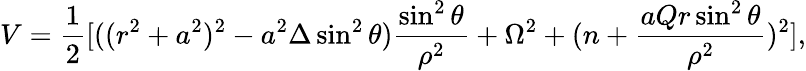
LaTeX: V=\frac{1}{2}[((r^{2}+a^{2})^{2}-a^{2}\Delta\sin^{2}\theta)\frac{\sin^{2}\theta}{\rho^{2}}+\Omega^{2}+(n+\frac{aQr\sin^{2}\theta}{\rho^{2}})^{2}],